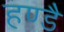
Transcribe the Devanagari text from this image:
हण्डै